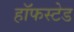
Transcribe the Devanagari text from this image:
हॉफस्टेड